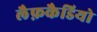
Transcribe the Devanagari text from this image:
लैफ़कैडियो